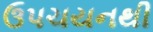
ઉપચયનથી